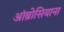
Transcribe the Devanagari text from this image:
आंब्रोसियाना